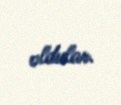
oldular.